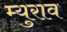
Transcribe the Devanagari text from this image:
म्युराव